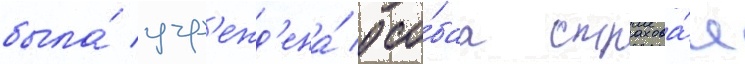
была́ учр'ежд'ена́ осо́баа страхова́я